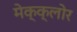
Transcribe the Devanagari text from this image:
मेक्क्लोर